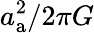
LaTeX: a_{\mathrm{a}}^{2}/2\pi G